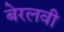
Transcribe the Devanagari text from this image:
बेरलवी